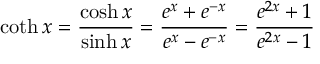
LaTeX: \coth x = { \frac { \cosh x } { \sinh x } } = { \frac { e ^ { x } + e ^ { - x } } { e ^ { x } - e ^ { - x } } } = { \frac { e ^ { 2 x } + 1 } { e ^ { 2 x } - 1 } }